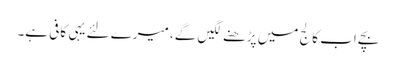
بچے اب کالج میں پڑھنے لگیں گے، میرے لئے یہی کافی ہے۔